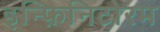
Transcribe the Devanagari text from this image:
इन्फ़िनिटोरम